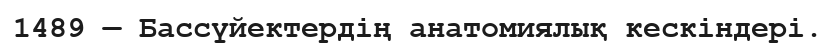
1489 — Бассүйектердің анатомиялық кескіндері.